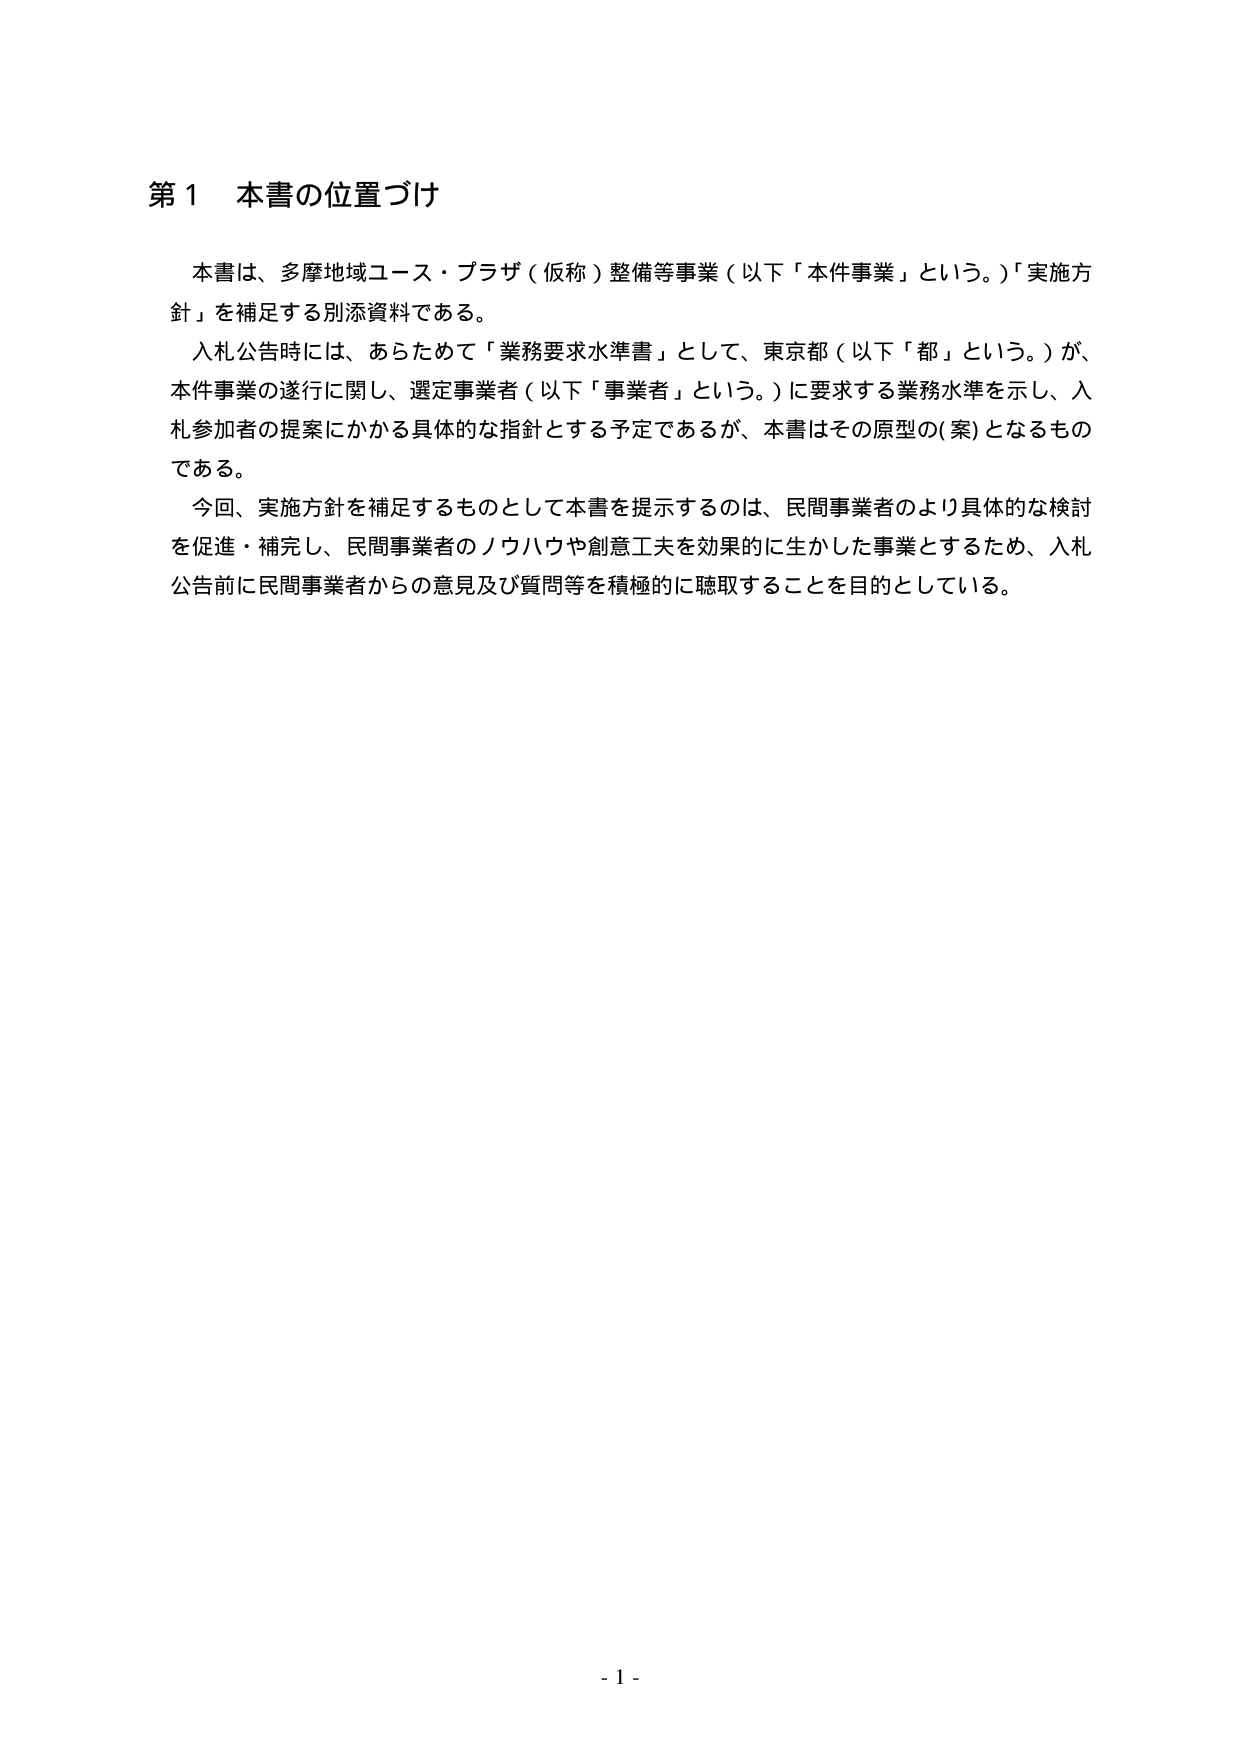
第１ 本書の位置づけ

本書は、多摩地域ユース・プラザ（仮称）整備等事業（以下「本件事業」という。）「実施方針」を補足する別添資料である。

入札公告時には、あらためて「業務要求水準書」として、東京都（以下「都」という。）が、本件事業の遂行に関し、選定事業者（以下「事業者」という。）に要求する業務水準を示し、入札参加者の提案にかかる具体的な指針とする予定であるが、本書はその原型の（案）となるものである。

今回、実施方針を補足するものとして本書を提示するのは、民間事業者のより具体的な検討を促進・補完し、民間事業者のノウハウや創意工夫を効果的に生かした事業とするため、入札公告前に民間事業者からの意見及び質問等を積極的に聴取することを目的としている。

- 1 -